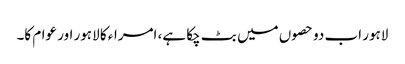
لاہور اب دو حصوں میں بٹ چکا ہے، امراء کا لاہور اور عوام کا۔